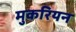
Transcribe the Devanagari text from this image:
मुकरियन